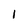
Character: i